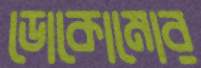
ডোকোমোর